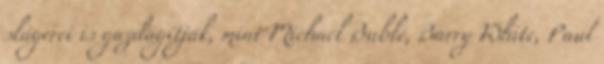
slágerei is gazdagítják, mint Michael Bublé, Barry White, Paul